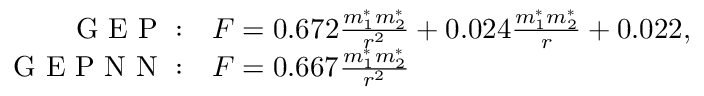
\begin{array} { r l } { \mathrm { ~ G ~ E ~ P ~ } : } & { { } F = 0 . 6 7 2 \frac { m _ { 1 } ^ { * } m _ { 2 } ^ { * } } { r ^ { 2 } } + 0 . 0 2 4 \frac { m _ { 1 } ^ { * } m _ { 2 } ^ { * } } { r } + 0 . 0 2 2 , } \\ { \mathrm { ~ G ~ E ~ P ~ N ~ N ~ } : } & { { } F = 0 . 6 6 7 \frac { m _ { 1 } ^ { * } m _ { 2 } ^ { * } } { r ^ { 2 } } } \end{array}